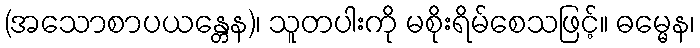
(အသောစာပယန္တေန)၊ သူတပါးကို မစိုးရိမ်စေသဖြင့်။ ဓမ္မေန၊